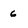
Character: 6